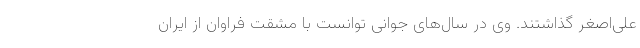
علی‌اصغر گذاشتند. وی در سال‌های جوانی توانست با مشقت فراوان از ایران